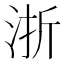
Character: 浙